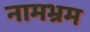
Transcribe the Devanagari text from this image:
नामभ्रम